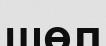
шөл